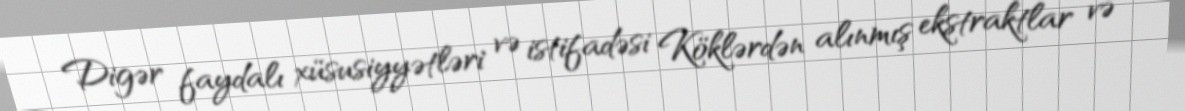
Digər faydalı xüsusiyyətləri və istifadəsi Köklərdən alınmış ekstraktlar və